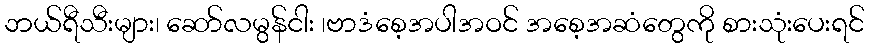
ဘယ်ရီသီးများ၊ ဆော်လမွန်ငါး ၊ဗာဒံစေ့အပါအဝင် အစေ့အဆံတွေကို စားသုံးပေးရင်